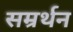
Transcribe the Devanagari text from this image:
सम्रर्थन